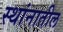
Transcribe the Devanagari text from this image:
स्थांनातील